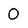
Character: O